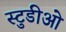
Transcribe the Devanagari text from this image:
स्टुडीओ